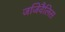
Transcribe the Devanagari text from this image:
जिंजिवैलिस